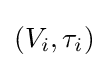
(V_{i},\tau _{i})